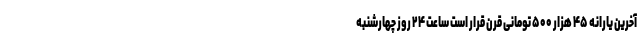
آخرین یارانه ۴۵ هزار ۵۰۰ تومانی قرن قرار است ساعت ۲۴ روز چهارشنبه